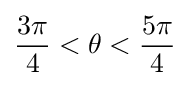
{\frac {3\pi }{4}}<\theta <{\frac {5\pi }{4}}